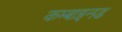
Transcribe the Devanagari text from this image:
कम्बाइनड